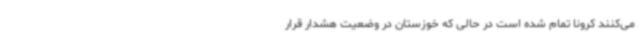
می‌کنند کرونا تمام شده است در حالی که خوزستان در وضعیت هشدار قرار